Report on vaccination in Madras 1904-1921 - 1904-1921
Year: 1904
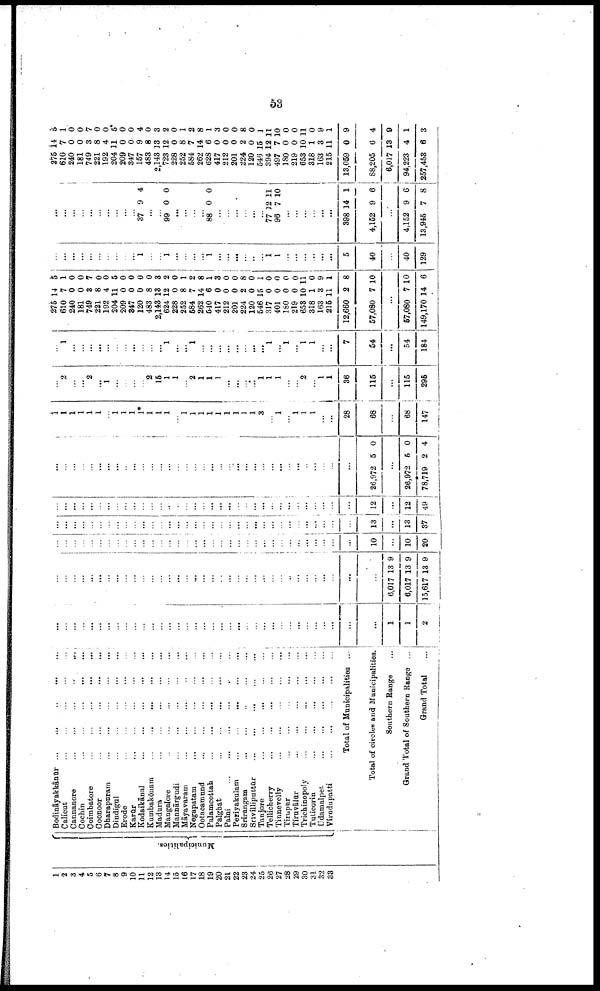
53
1
2
3
4
5
6
7
8
9
10
11
12
13
14
15
16
17
18
19
20
21
22
23
24
25
26
27
28
29
30
31
32
33
Municipalities.
Bodināyakkānūr
...
...
...
...
...
Calicut
...
...
...
...
...
Gannanore
...
...
...
...
...
Cochin
...
...
...
...
...
Coimbatore
...
...
...
...
...
Coonoor
...
...
...
...
...
Dharapuram
...
...
...
...
...
Dindigul
...
...
...
...
...
Erode
...
...
...
...
...
Karūr ... ... ... ... ...
Kodaikānal
...
...
...
...
...
Kumbakōnam
...
...
...
...
...
Madura
...
...
...
...
...
Mangalore
...
...
...
...
...
Mannārgudi
...
...
...
...
...
Māyavaram
...
...
...
...
...
...
Negapatam
...
...
...
...
...
Ootacamund
...
...
...
...
...
Palamcottah
...
...
......
...
Palghat
...
...
...
...
...
Palni ... ... ... ... ... ...
Periyakulam
...
...
...
...
...
Srirangam
...
...
...
...
...
Srīvilliputtūr
...
...
...
...
...
Tanjore
...
...
...
...
...
Tellicherry
...
...
...
...
...
Tinnevelly
...
...
...
...
...
Tirupur
...
...
...
...
...
Tiruvālur
...
...
...
...
...
Trichinopoly
...
...
...
...
...
Tuticorin
...
...
...
...
...
Udamalpet
...
...
...
...
...
Virudupatti
...
...
...
...
...
Total of Municipalities ...
Total of circles and Municipalities.
Southern Range ...
Grand Total of Southern Range ...
Grand Total ...
...
...
...
...
...
...
...
...
...
...
...
...
...
...
...
...
...
...
...
...
...
...
...
...
...
...
...
...
...
...
...
...
...
...
...
1
1
2
...
...
...
...
...
...
...
...
...
...
...
...
...
...
...
...
...
...
...
...
...
...
...
...
...
...
...
...
...
...
...
...
...
...
...
6,017
6,017
15,617
13
13
13
9
9
9
...
...
...
...
...
...
...
...
...
...
...
...
...
...
...
...
...
...
...
...
...
...
...
...
...
...
...
...
...
...
...
...
...
...
10
...
10
20
...
...
...
...
...
...
...
...
...
...
...
...
...
...
...
...
...
...
...
...
...
...
...
...
...
...
...
...
...
...
...
...
...
...
13
...
13
37
...
...
...
...
...
...
...
...
...
...
...
...
...
...
...
...
...
...
...
...
...
...
...
...
...
...
...
...
...
...
...
...
...
...
12
...
12
49
...
...
...
...
...
...
...
...
...
...
...
...
...
...
...
...
...
...
...
...
...
...
...
...
...
...
...
...
...
...
...
...
...
...
26,972 5 0
...
26,972
78,719
5
2
0
4
1
1
1
1
1
1
...
1
...
...
1*
1
1
1
...
1
1
1
1
1
1
1
1
1
3
...
1
...
1
1
1
...
...
28
68
...
68
147
...
2
...
...
2
...
1
...
...
...
...
2
15
1
1
...
2
1
1
1
...
...
...
...
1
1
1
...
...
2
...
1
1
36
115
...
115
295
...
1
...
...
...
...
...
...
...
...
...
...
...
1
...
...
1
...
...
...
...
...
...
...
...
1
...
1
...
1
1
...
...
7
54
...
54
184
275
610
240
181
749
221
192
204
209
347
120
483
2,143
624
228
252
584
262
540
417
212
201
224
120
546
317
401
180
219
653
318
163
215
12,660
57,080
14
7
0
0
3
8
4
11
0
0
0
8
13
12
0
8
7
14
6
0
0
0
2
0
15
0
0
0
0
10
1
3
11
2
7
5
1
0
0
7
0
0
5
0
0
0
0
3
2
0
1
2
8
1
3
0
0
8
0
1
0
0
0
0
11
0
9
1
8
10
...
57,080
149,170
7
14
10
6
...
...
...
...
...
...
...
...
...
...
1
...
...
1
...
...
...
...
1
...
...
...
...
...
...
1
1
...
...
...
...
...
...
5
40
...
40
129
...
...
...
...
...
...
...
...
...
...
37 9 4
...
...
99 0 0
...
...
...
...
88 0 0
...
...
...
...
...
...
77
96
12
7
11
10
...
...
...
...
...
...
398
4,152
14
9
1
6
...
4,152
13,945
9
7
6
8
275
610
240
181
749
221
192
204
209
347
157
483
2,143
723
228
252
584
262
628
417
212
201
224
120
546
394
497
180
219
653
318
163
215
13,059
88,205
6,017
94,223
257,453
14
7
0
0
3
8
4
11
0
0
9
8
13
12
0
8
7
14
6
0
0
0
2
0
15
12
7
0
0
10
1
3
11
0
6
13
4
6
5
1
0
0
7
0
0
5
0
0
4
0
3
2
0
1
2
8
1
3
0
0
8
0
1
11
10
0
0
11
0
9
1
9
4
9
1
3